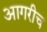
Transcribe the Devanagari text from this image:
आगरीच